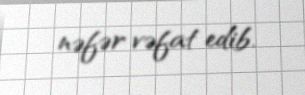
nəfər vəfat edib.